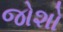
જોશો